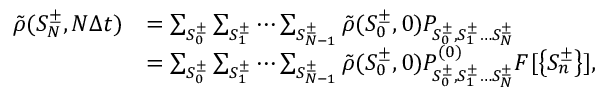
\begin{array} { r l } { \tilde { \rho } ( S _ { N } ^ { \pm } , N \Delta t ) } & { = \sum _ { S _ { 0 } ^ { \pm } } \sum _ { S _ { 1 } ^ { \pm } } \cdots \sum _ { S _ { N - 1 } ^ { \pm } } \tilde { \rho } ( S _ { 0 } ^ { \pm } , 0 ) P _ { S _ { 0 } ^ { \pm } , S _ { 1 } ^ { \pm } \ldots S _ { N } ^ { \pm } } } \\ & { = \sum _ { S _ { 0 } ^ { \pm } } \sum _ { S _ { 1 } ^ { \pm } } \cdots \sum _ { S _ { N - 1 } ^ { \pm } } \tilde { \rho } ( S _ { 0 } ^ { \pm } , 0 ) P _ { S _ { 0 } ^ { \pm } , S _ { 1 } ^ { \pm } \ldots S _ { N } ^ { \pm } } ^ { ( 0 ) } F [ \left\{ S _ { n } ^ { \pm } \right\} ] , } \end{array}